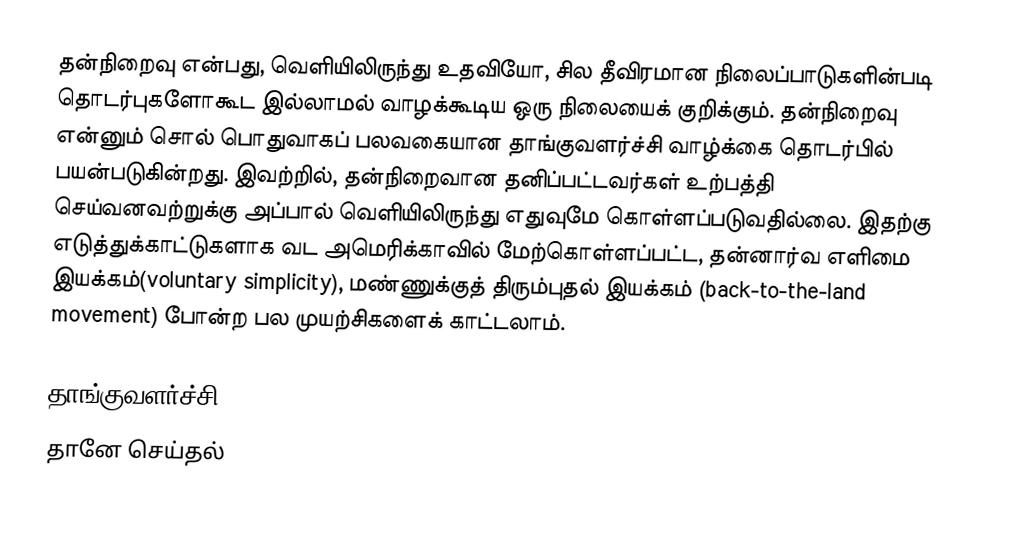
தன்நிறைவு என்பது, வெளியிலிருந்து உதவியோ, சில தீவிரமான நிலைப்பாடுகளின்படி தொடர்புகளோகூட இல்லாமல் வாழக்கூடிய ஒரு நிலையைக் குறிக்கும். தன்நிறைவு என்னும் சொல் பொதுவாகப் பலவகையான தாங்குவளர்ச்சி வாழ்க்கை தொடர்பில் பயன்படுகின்றது. இவற்றில், தன்நிறைவான தனிப்பட்டவர்கள் உற்பத்தி செய்வனவற்றுக்கு அப்பால் வெளியிலிருந்து எதுவுமே கொள்ளப்படுவதில்லை. இதற்கு எடுத்துக்காட்டுகளாக வட அமெரிக்காவில் மேற்கொள்ளப்பட்ட, தன்னார்வ எளிமை இயக்கம்(voluntary simplicity), மண்ணுக்குத் திரும்புதல் இயக்கம் (back-to-the-land movement) போன்ற பல முயற்சிகளைக் காட்டலாம்.

தாங்குவளர்ச்சி
தானே செய்தல்